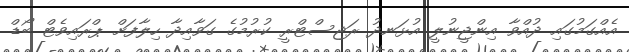
އެއްގަމުގައި ދުއްވާ އިންޖީނުލީ އުޅަނދު ރަޖިސްޓްރީ ކުރުމުގެ ގަވާއިދާ ހިލާފަށް ޕްރައިވެޓް ބޯޑް